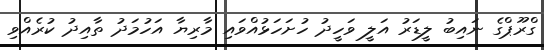
ގްރޫޕްގެ ނައިބު ލީޑަރު އަލީ ވަހީދު ހުށަހަޅުއްވައި މާރިޔާ އަހުމަދު ތާއިދު ކުރެއްވި